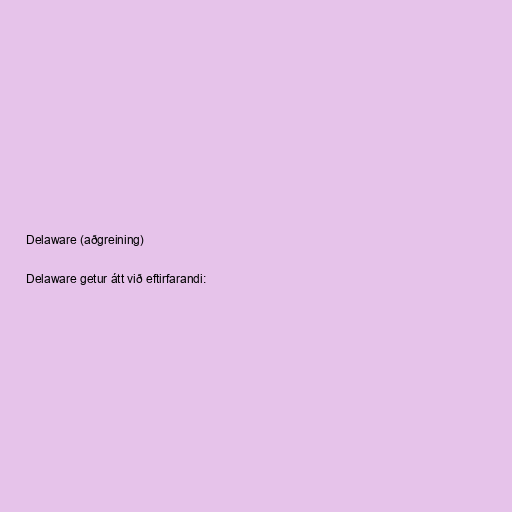
Delaware (aðgreining)

Delaware getur átt við eftirfarandi: